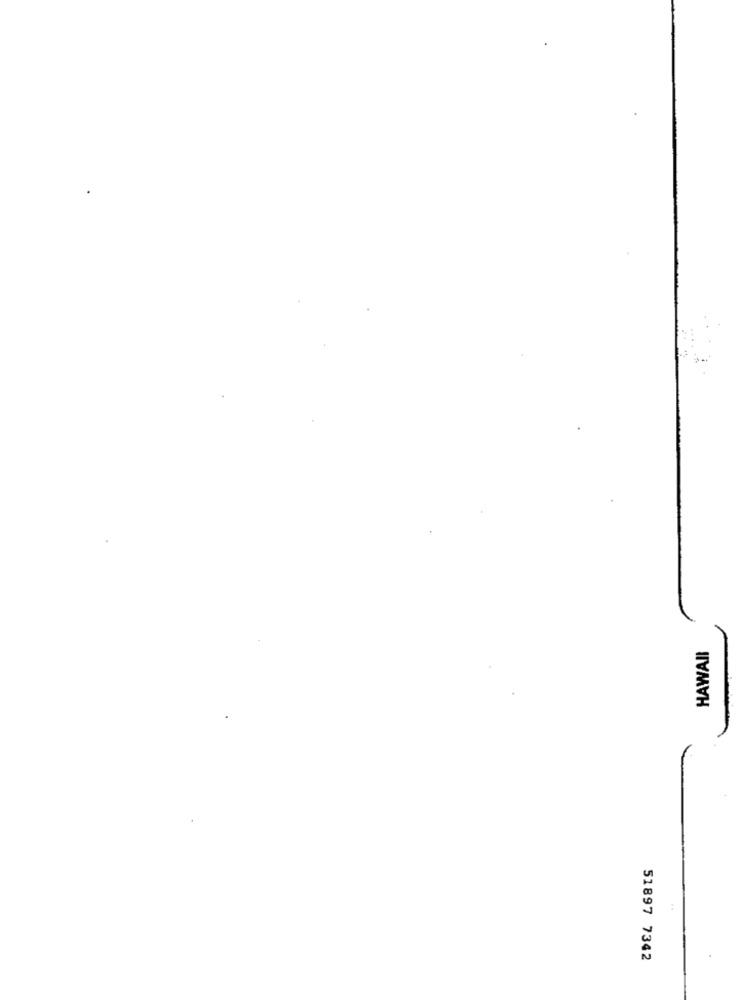
HAWAII
51897 7342